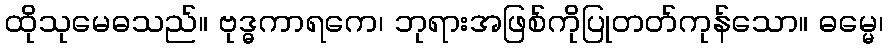
ထိုသုမေဓသည်။ ဗုဒ္ဓကာရကေ၊ ဘုရားအဖြစ်ကိုပြုတတ်ကုန်သော။ ဓမ္မေ၊